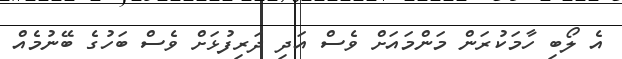
އެ ލޯބި ހާމަކުރަން މަންމައަށް ވެސް އަދި ދަރިފުޅަށް ވެސް ބަހުގެ ބޭނުމެއް